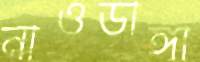
নাওডাঙ্গা